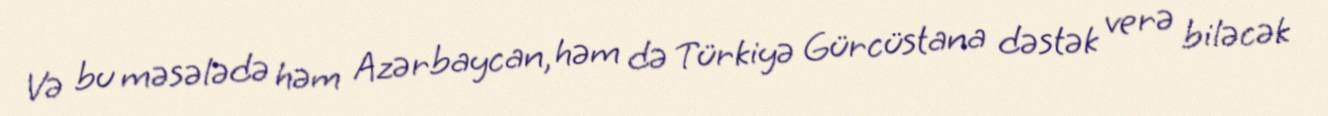
Və bu məsələdə həm Azərbaycan, həm də Türkiyə Gürcüstana dəstək verə biləcək